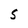
Character: S